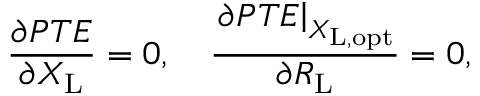
\frac { \partial { P T E } } { \partial X _ { \mathrm { L } } } = 0 , \quad \frac { \left. \partial { P T E } \right| _ { X _ { \mathrm { L , o p t } } } } { \partial R _ { \mathrm { L } } } = 0 ,